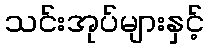
သင်းအုပ်များနှင့်